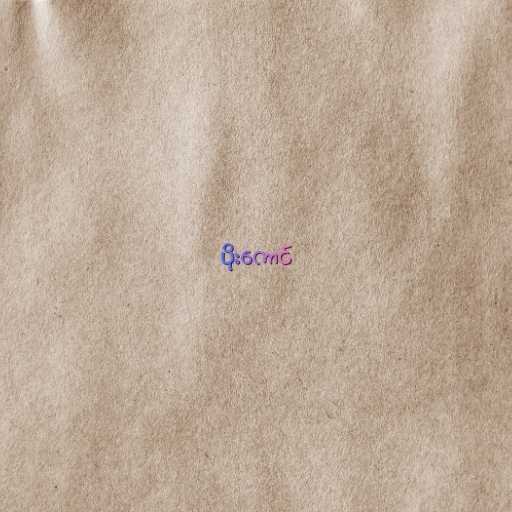
ပိုးကောင်